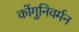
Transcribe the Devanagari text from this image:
कोंगुनिवर्मन